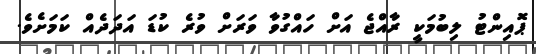
ޕޮއިންޓު ލިބުމަކީ ރާއްޖެ އަށް ހައްގުވާ ވަރަށް ވުރެ ކުޑަ އަދަދެއް ކަމަށެވެ.